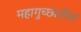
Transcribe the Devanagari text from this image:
महागुच्छातील